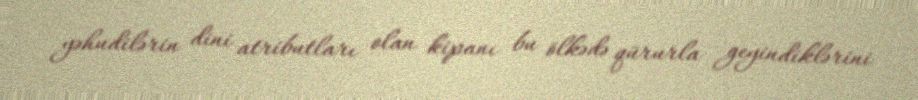
yəhudilərin dini atributları olan kipanı bu ölkədə qürurla geyindiklərini